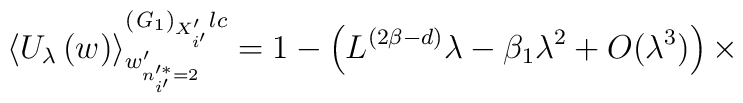
\left\langle U_{\lambda}\left(w\right)\right\rangle^{\left({\it G}_{1}\right)_{X'_{i'}}lc}_{w'_{n'^{*}_{i'}=2}}=1-\left(L^{(2\beta-d)}\lambda-\beta_{1}\lambda^{2}+O(\lambda^3)\right)\times